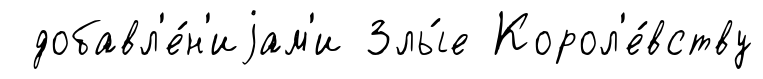
добавл'е́н'иjам'и Злы́е Корол'е́вству